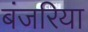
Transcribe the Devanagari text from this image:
बंजरिया